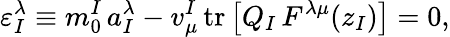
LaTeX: \varepsilon_{I}^{\lambda}\equiv m_{0}^{I}\, a_{I}^{\lambda}-v_{\mu}^{I}\, \mathrm{tr}\, \bigl[Q_{I}\, F^{\lambda\mu}(z_{I})\bigr]=0,